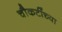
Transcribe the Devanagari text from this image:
चौकटींच्या